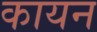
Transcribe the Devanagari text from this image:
कायन